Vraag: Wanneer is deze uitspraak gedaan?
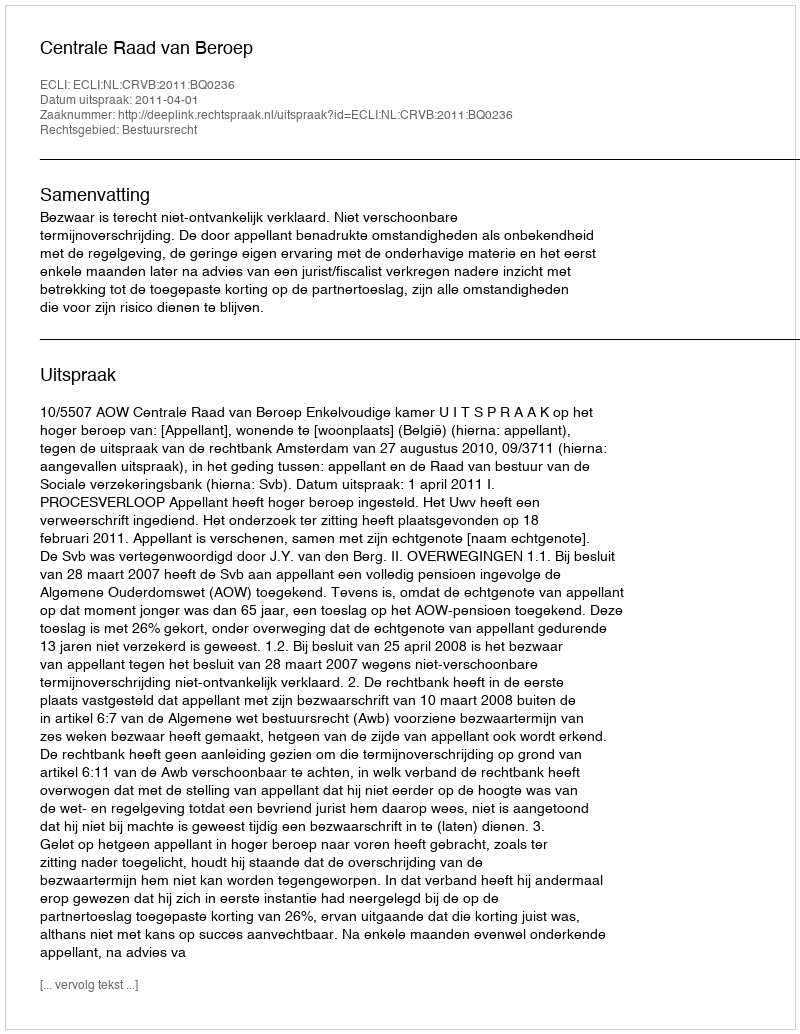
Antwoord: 2011-04-01